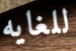
للغايه